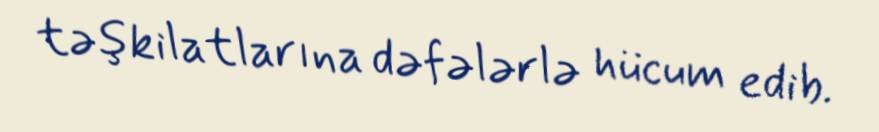
təşkilatlarına dəfələrlə hücum edib.